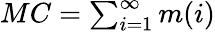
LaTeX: \begin{array}{r}{MC=\sum_{i=1}^{\infty}m(i)}\end{array}